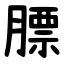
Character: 膘